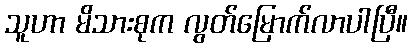
သူဟာ မိသားစုက လွတ်မြောက်လာပါပြီ။